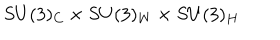
S U ( 3 ) _ { C } \times S U ( 3 ) _ { W } \times S U ( 3 ) _ { H }